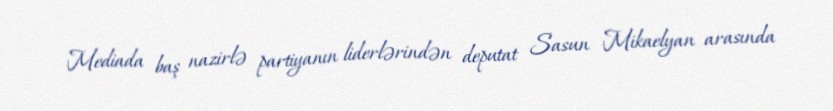
Mediada baş nazirlə partiyanın liderlərindən deputat Sasun Mikaelyan arasında